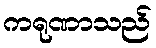
ကရုဏာသည်